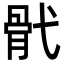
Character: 骮